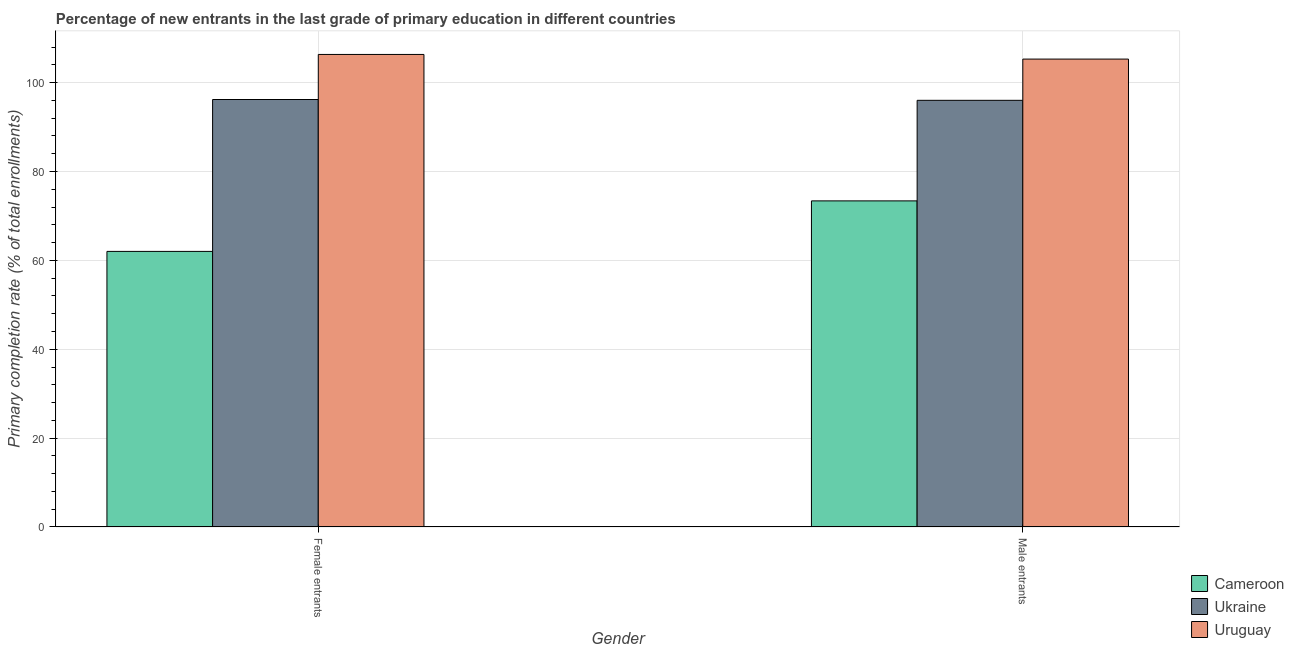
| Gender | Cameroon | Ukraine | Uruguay |
 | --- | --- | --- | --- |
 | Female entrants | 62 | 96.2 | 106 |
 | Male entrants | 73.4 | 96 | 105 |